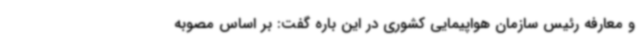
و معارفه رئیس سازمان هواپیمایی کشوری در این باره گفت: بر اساس مصوبه